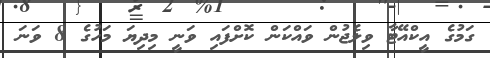
ގަމުގެ އީކްއޭޓާ ވިލެޖުން ވައްކަން ކޮށްފައި ވަނީ މިދިޔަ މަހުގެ 8 ވަނަ